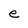
Character: e